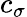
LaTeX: c_{\sigma}